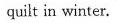
quilt in winter.